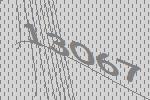
13067